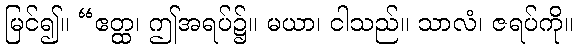
မြင်၍။ “ဧတ္ထ၊ ဤအရပ်၌။ မယာ၊ ငါသည်။ သာလံ၊ ဇရပ်ကို။